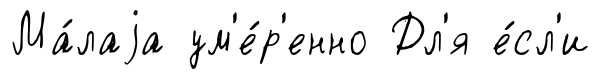
Ма́лаjа ум'е́р'енно Дл'я е́сл'и